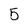
Character: 5